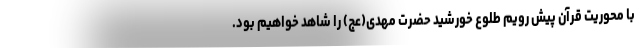
با محوریت قرآن پیش رویم طلوع خورشید حضرت مهدی(عج) را شاهد خواهیم بود.